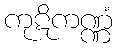
ကုဋိကဏ္ဏံ